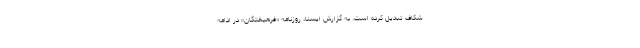
شکاف تبدیل کرده است. به گزارش ایسنا، روزنامه «فرهیختگان» در ادامه